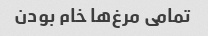
تمامی مرغ‌ها خام بودن